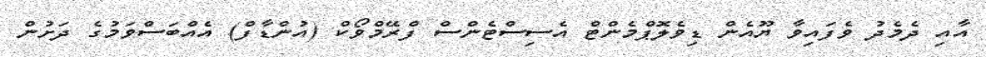
އާއި ދެމެދު ވެފައިވާ ޔޫއެން ޑިވެލޮޕްމެންޓް އެސިސްޓެންސް ފްރޭމްވޯކް (އުންޑާފް) އެއްބަސްވަމުގެ ދަށުން